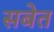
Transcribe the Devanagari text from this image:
सबेत